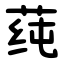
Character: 莼